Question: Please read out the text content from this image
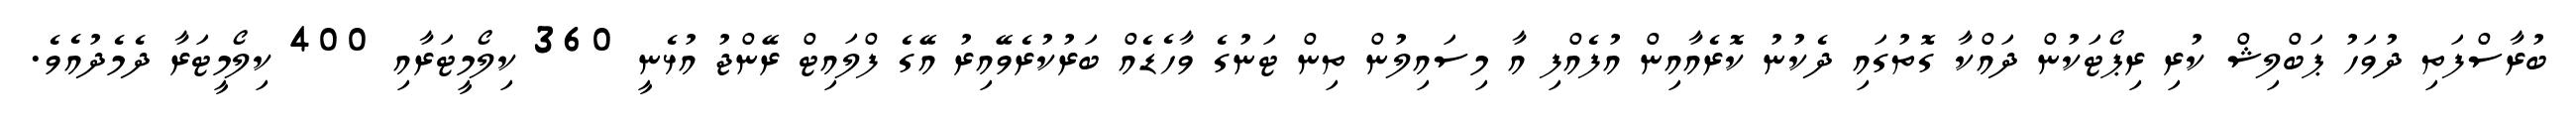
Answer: ބުރާސްފަތި ދުވަހު ޕަބްލިޝް ކުރި ރިޕޯޓަކުން ދައްކާ ގޮތުގައި ދެކުނު ކޮރެއާއިން އުފެއްފި އާ މިސައިލުން ތިން ޓަނުގެ ވާހެޑެއް ބަރުކުރެވޭއިރު އޭގެ ފްލައިޓް ރޭންޖު އުޅެނީ 360 ކިލޯމީޓަރާއި 400 ކިލޯމީޓަރާ ދެމެދުއެވެ.